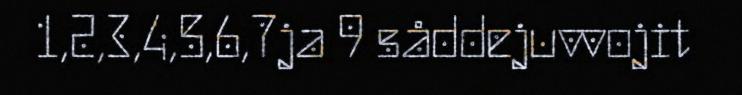
1,2,3,4,5,6,7ja 9 såddejuvvojit